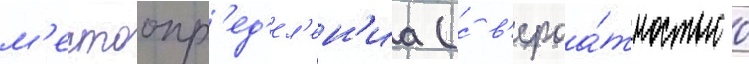
м'естоопр'ед'ел'ен'иа (с в'ероа́тностью 0